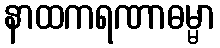
နာထကရဏာဓမ္မာ